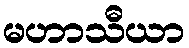
မဟာသီယာ